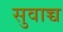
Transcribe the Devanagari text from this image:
सुवाच्च